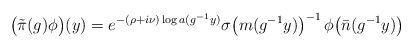
\begin{align*}\bigl({\tilde \pi}(g)\phi\bigr)(y)=e^{-(\rho+i\nu)\log a(g^{-1}y)}{\sigma}\bigl(m(g^{-1}y)\bigr)^{-1}\,\phi\bigr(\bar{n}(g^{-1}y)\bigr)\end{align*}